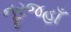
નૂરજહાઁ